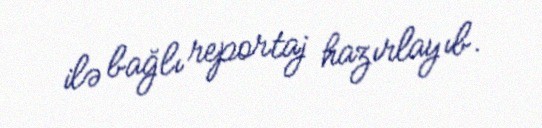
ilə bağlı reportaj hazırlayıb.